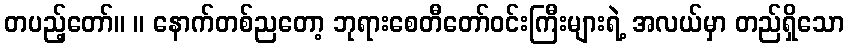
တပည့်တော်။ ။ နောက်တစ်ညတော့ ဘုရားစေတီတော်ဝင်းကြီးများရဲ့ အလယ်မှာ တည်ရှိသော